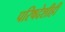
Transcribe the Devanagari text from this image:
परिषदेशीही